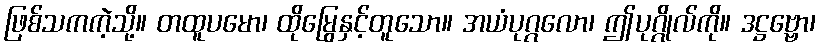
ဖြစ်သကကဲ့သို့။ တထူပမော၊ ထိုမြွေနှင့်တူသော။ အယံပုဂ္ဂလော၊ ဤပုဂ္ဂိုလ်ကို။ ဒဋ္ဌဗ္ဗော၊